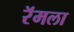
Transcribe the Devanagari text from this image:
रॅमला